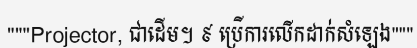
"""Projector, ជាដើម។ ៩ ប្រើការលើកដាក់សំឡេង"""